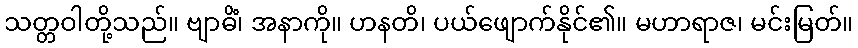
သတ္တဝါတို့သည်။ ဗျာဓိံ၊ အနာကို။ ဟနတိ၊ ပယ်ဖျောက်နိုင်၏။ မဟာရာဇ၊ မင်းမြတ်။